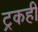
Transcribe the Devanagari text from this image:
ट्रकही